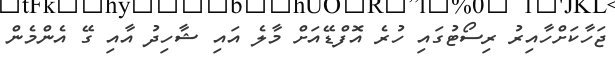
ޖަހާކަށްހާއިރު ރިސޯޓުގައި ހުރެ އޮފްޑޭއަށް މާލެ އައި ޝާހިދު އާއި ގޭ އެންމެން